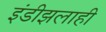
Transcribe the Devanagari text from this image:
इंडीझलाही